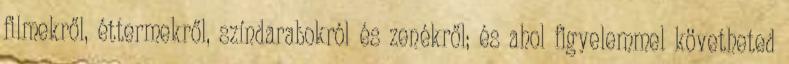
filmekről, éttermekről, színdarabokról és zenékről; és ahol figyelemmel követheted